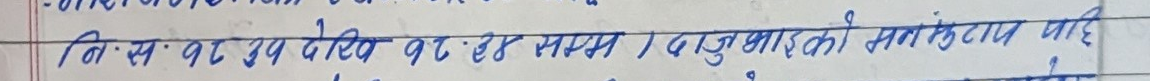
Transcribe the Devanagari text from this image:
निःसंवत् ३५ देखि ३०६० सम्म।